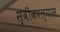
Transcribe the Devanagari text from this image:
स्वीकरल्यास